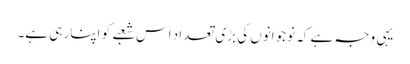
یہی وجہ ہے کہ نوجوانوں کی بڑی تعداد اس شعبے کو اپنا رہی ہے۔